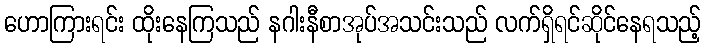
ဟောကြားရင်း ထိုးနေကြသည် နဂါးနီစာအုပ်အသင်းသည် လက်ရှိရင်ဆိုင်နေရသည့်